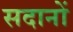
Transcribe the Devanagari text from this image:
सदानों